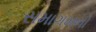
સમાગમનો